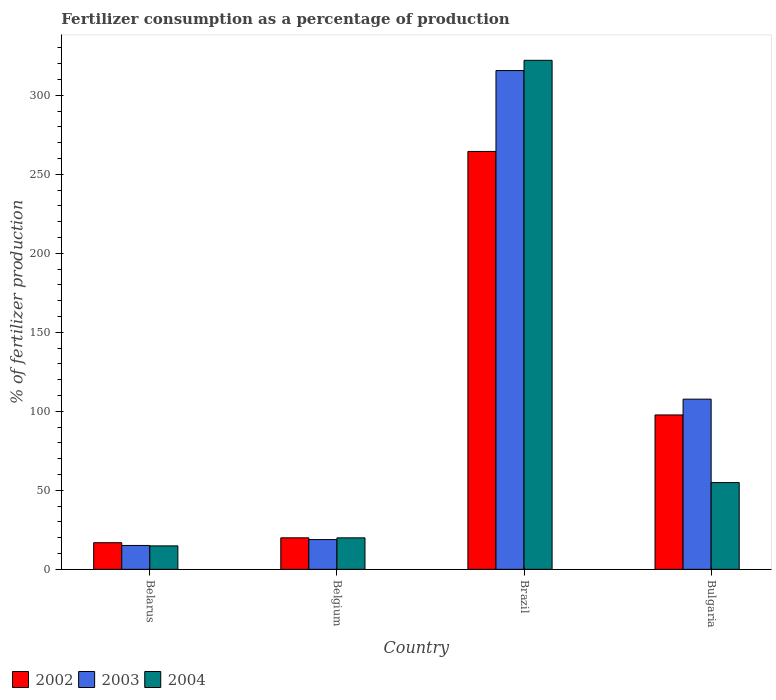
| Country | 2002 | 2003 | 2004 |
 | --- | --- | --- | --- |
 | Belarus | 16.9 | 15.1 | 14.8 |
 | Belgium | 19.9 | 18.8 | 19.9 |
 | Brazil | 264 | 316 | 322 |
 | Bulgaria | 97.7 | 108 | 54.9 |